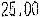
25.00